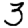
Digit: 3